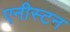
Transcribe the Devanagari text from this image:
एनीस्टन